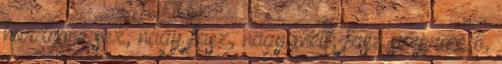
hardcore sex, nagy fasz, nagy mell, fasz surprize ő,